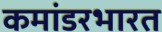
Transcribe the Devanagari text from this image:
कमांडरभारत